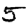
Digit: 5